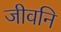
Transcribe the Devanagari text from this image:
जीवनि